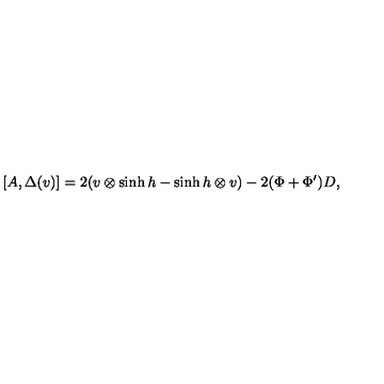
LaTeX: [ A , \Delta ( v ) ] = 2 ( v \otimes \sinh h - \sinh h \otimes v ) - 2 ( \Phi + \Phi ^ { \prime } ) D ,